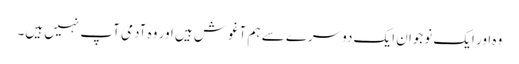
وہ اور ایک نوجوان ایک دوسرے سے ہم آغوش ہیں اور وہ آدمی آپ نہیں ہیں۔